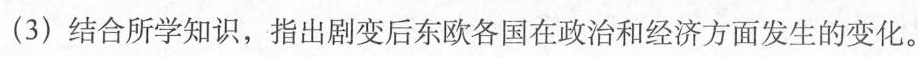
(3)结合所学知识，指出剧变后东欧各国在政治和经济方面发生的变化。